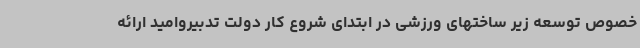
خصوص توسعه زیر ساختهای ورزشی در ابتدای شروع کار دولت تدبیروامید ارائه